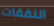
النفقات